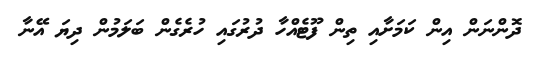
ދޮންނަން އިން ކަމަށާއި ތިން ފޫޓެއްހާ ދުރުގައި ހުރެގެން ބަލަމުން ދިޔަ އޭނާ